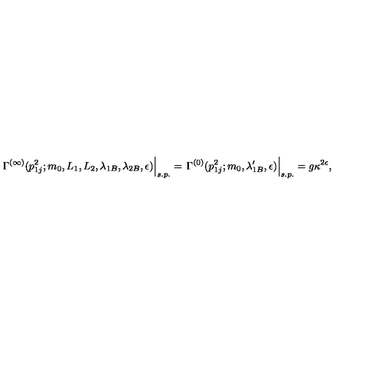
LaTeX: \left. \Gamma ^ { ( \infty ) } ( p _ { 1 j } ^ { 2 } ; m _ { 0 } , L _ { 1 } , L _ { 2 } , \lambda _ { 1 B } , \lambda _ { 2 B } , \epsilon ) \right| _ { s . p . } = \left. \Gamma ^ { ( 0 ) } ( p _ { 1 j } ^ { 2 } ; m _ { 0 } , \lambda _ { 1 B } ^ { \prime } , \epsilon ) \right| _ { s . p . } = g \kappa ^ { 2 \epsilon } ,